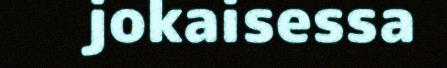
jokaisessa